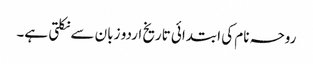
روحہ نام کی ابتدائی تاریخ اردو زبان سے نکلتی ہے۔